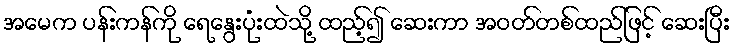
အမေက ပန်းကန်ကို ရေနွေးပုံးထဲသို့ ထည့်၍ ဆေးကာ အဝတ်တစ်ထည်ဖြင့် ဆေးပြီး